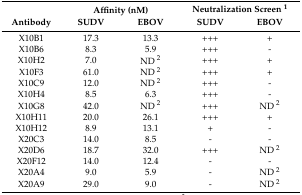
|  | <COLSPAN=2> Affinity (nM) | <COLSPAN=2> Neutralization Screen 1 |
 | Antibody | SUDV | EBOV | SUDV | EBOV |
 | --- | --- | --- | --- | --- |
 | X10B1 | 17.3 | 13.3 | +++ | + |
 | X10B6 | 8.3 | 5.9 | +++ | - |
 | X10H2 | 7.0 | ND 2 | +++ | + |
 | X10F3 | 61.0 | ND 2 | +++ | + |
 | X10C9 | 12.0 | ND 2 | +++ | - |
 | X10H4 | 8.5 | 6.3 | +++ | - |
 | X10G8 | 42.0 | ND 2 | +++ | ND 2 |
 | X10H11 | 20.0 | 26.1 | +++ | + |
 | X10H12 | 8.9 | 13.1 | + | - |
 | X20C3 | 14.0 | 8.5 | - | - |
 | X20D6 | 18.7 | 32.0 | +++ | ND 2 |
 | X20F12 | 14.0 | 12.4 | - | - |
 | X20A4 | 9.0 | 5.9 | - | ND 2 |
 | X20A9 | 29.0 | 9.0 | - | ND 2 |